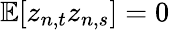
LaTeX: \mathbb{E}[z_{n,t}z_{n,s}]=0